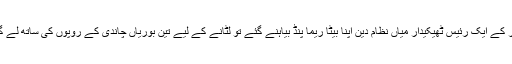
لاہور کے ایک رئیس ٹھیکیدار میاں نظام دین اپنا بیٹا ریما پنڈ بیاہنے گئے تو لٹانے کے لیے تین بوریاں چاندی کے روپوں کی ساتھ لے گئے۔